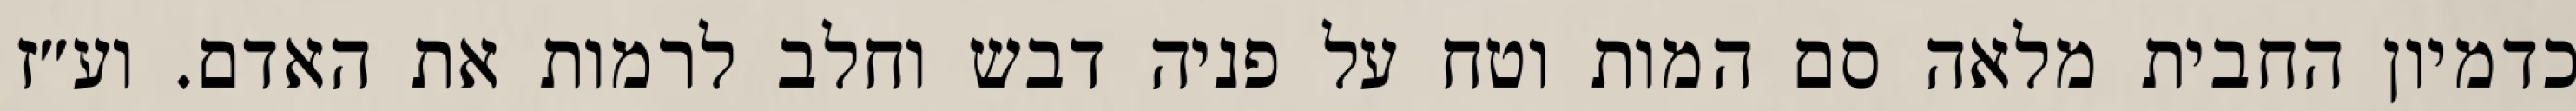
כדמיון החבית מלאה סם המות וטח על פניה דבש וחלב לרמות את האדם. וע״ז